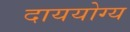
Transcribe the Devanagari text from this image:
दाययोग्य